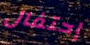
إحتفال